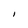
Character: I